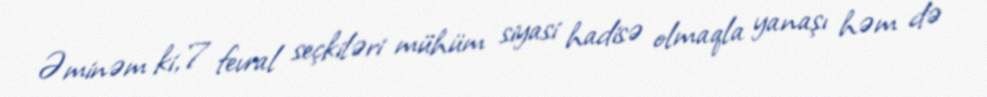
Əminəm ki, 7 fevral seçkiləri mühüm siyasi hadisə olmaqla yanaşı həm də